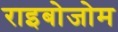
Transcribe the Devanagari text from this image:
राइबोजोम